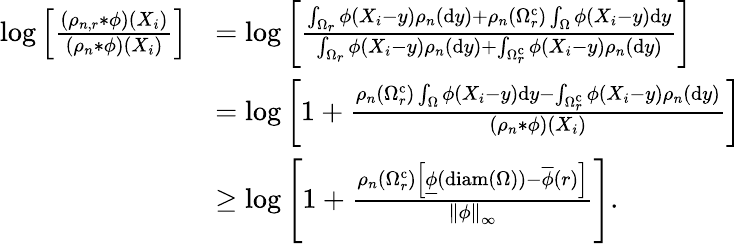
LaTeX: \begin{array}{rl}{\log\left[\frac{(\rho_{n,r}*\phi)\left(X_{i}\right)}{(\rho_{n}*\phi)\left(X_{i}\right)}\right]}&{=\log\left[\frac{\int_{\Omega_{r}}\phi\left(X_{i}-y\right)\rho_{n}\left(\mathrm{d}y\right)+\rho_{n}\left(\Omega_{r}^{\mathrm{c}}\right)\int_{\Omega}\phi\left(X_{i}-y\right)\mathrm{d}y}{\int_{\Omega_{r}}\phi\left(X_{i}-y\right)\rho_{n}\left(\mathrm{d}y\right)+\int_{\Omega_{r}^{\mathrm{c}}}\phi\left(X_{i}-y\right)\rho_{n}\left(\mathrm{d}y\right)}\right]}\\ &{=\log\left[1+\frac{\rho_{n}\left(\Omega_{r}^{\mathrm{c}}\right)\int_{\Omega}\phi\left(X_{i}-y\right)\mathrm{d}y-\int_{\Omega_{r}^{\mathrm{c}}}\phi\left(X_{i}-y\right)\rho_{n}\left(\mathrm{d}y\right)}{(\rho_{n}*\phi)\left(X_{i}\right)}\right]}\\ &{\geq\log\left[1+\frac{\rho_{n}\left(\Omega_{r}^{\mathrm{c}}\right)\left[\underline{{\phi}}\left(\mathrm{diam}\left(\Omega\right)\right)-\overline{{\phi}}\left(r\right)\right]}{\left\Vert\phi\right\Vert_{\infty}}\right].}\end{array}